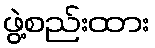
ဖွဲ့စည်းထား